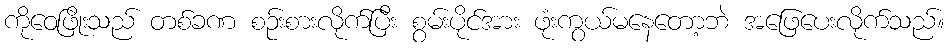
ကိုဝေဖြိုးသည် တစ်ခဏ စဉ်းစားလိုက်ပြီး စွမ်းပိုင်အား ဖုံးကွယ်မနေတော့ဘဲ အဖြေပေးလိုက်သည်။